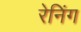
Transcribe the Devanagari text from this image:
रेनिंग